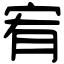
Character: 宥